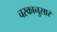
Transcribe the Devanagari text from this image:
चरकानुसार